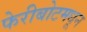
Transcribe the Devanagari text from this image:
फेरीबोटमधून